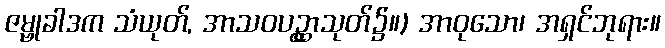
ဇမ္ဗုခါဒက သံယုတ်, အာသဝပဥ္ထှာသုတ်၌။) အာဝုသော၊ အရှင်ဘုရား။